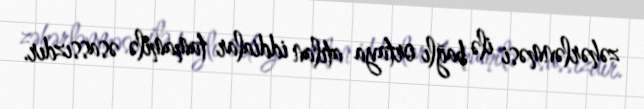
zəhərlənməsi ilə bağlı ortaya atılan iddialar tamamilə əsassızdır.